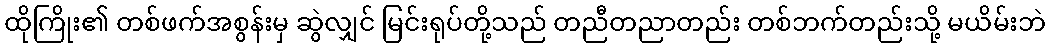
ထိုကြိုး၏ တစ်ဖက်အစွန်းမှ ဆွဲလျှင် မြင်းရုပ်တို့သည် တညီတညာတည်း တစ်ဘက်တည်းသို့ မယိမ်းဘဲ